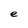
Character: e